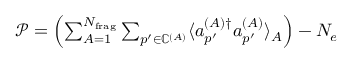
\begin{array} { r } { \mathcal { P } = \left( \sum _ { A = 1 } ^ { N _ { \mathrm { f r a g } } } \sum _ { p ^ { \prime } \in \mathbb { C } ^ { ( A ) } } \langle a _ { p ^ { \prime } } ^ { ( A ) \dagger } a _ { p ^ { \prime } } ^ { ( A ) } \rangle _ { A } \right) - N _ { e } } \end{array}